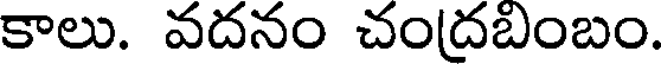
కాలు. వదనం చంద్రబంబం.